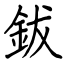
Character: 鈸